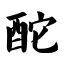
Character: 酡